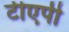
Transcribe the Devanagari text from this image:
टीएपी